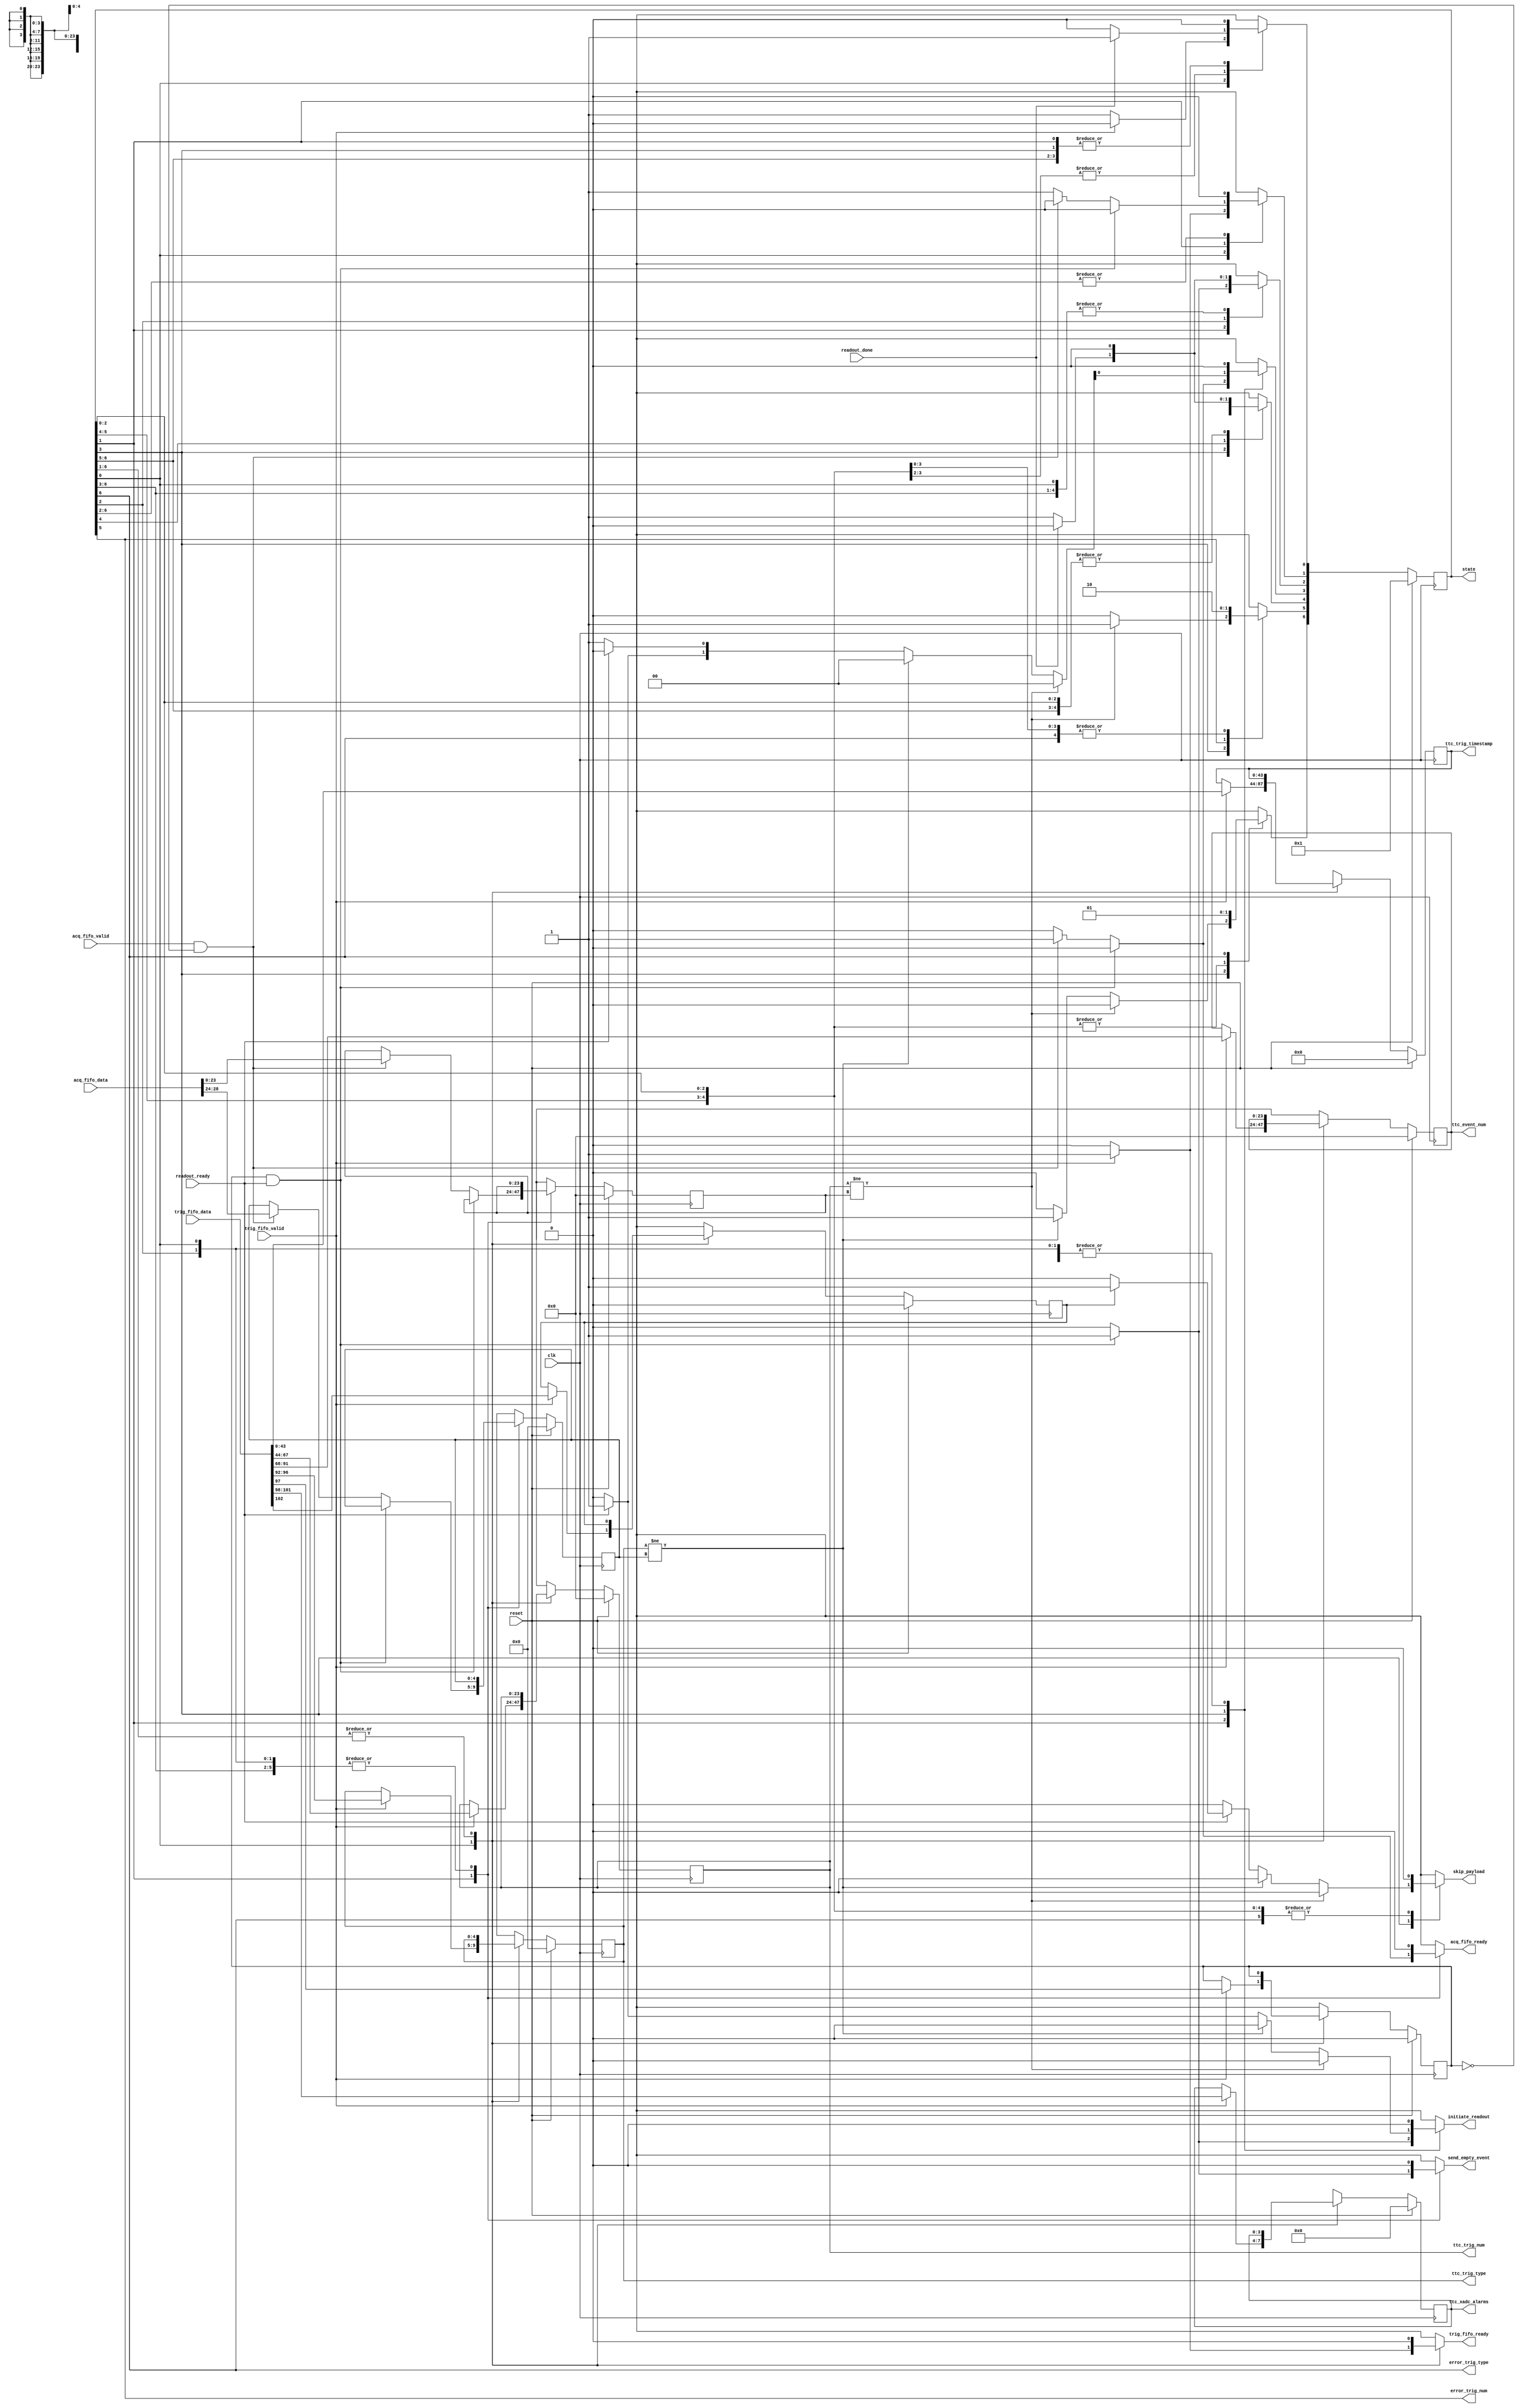
// Finite state machine to handle readout of processed TTC triggers

module trigger_processor (
  // clock and reset
  input wire clk,   // 125 MHz clock
  input wire reset,

  // interface to TTC Trigger FIFO
  input wire trig_fifo_valid,
  input wire [127:0] trig_fifo_data,
  output reg trig_fifo_ready,

  // interface to Acquisition Event FIFO
  input wire acq_fifo_valid,
  input wire [31:0] acq_fifo_data,
  output reg acq_fifo_ready,

  // interface to command manager
  input wire readout_ready,    // command manager is idle
  input wire readout_done,     // initiated readout has finished
  output reg send_empty_event, // request an empty event
  output reg skip_payload,     // request to skip the channel payloads
  output reg initiate_readout, // request for the channels to be read out

  output reg [23:0] ttc_event_num,      // channel's trigger number
  output reg [23:0] ttc_trig_num,       // global trigger number
  output reg [ 4:0] ttc_trig_type,      // trigger type
  output reg [43:0] ttc_trig_timestamp, // trigger timestamp
  output reg [ 3:0] ttc_xadc_alarms,    // XADC alarms

  // status connections
  output reg [6:0] state,     // state of finite state machine
  output wire error_trig_num, // trigger number mismatch between FIFOs
  output wire error_trig_type // trigger type mismatch between FIFOs
);

  // state bits
  parameter IDLE             = 0;
  parameter READ_TRIG_FIFO   = 1;
  parameter SEND_EMPTY_EVENT = 2;
  parameter READ_ACQ_FIFO    = 3;
  parameter READOUT          = 4;
  parameter ERROR_TRIG_NUM   = 5;
  parameter ERROR_TRIG_TYPE  = 6;
  

  // latched data from TTC Trigger FIFO
  reg ttc_empty_event;
  reg ttc_empty_payload;

  // latched data from Acquisition Event FIFO
  reg [ 4:0] acq_trig_type;
  reg [23:0] acq_trig_num;

  // 'next' signals
  reg [ 6:0] nextstate;
  reg        next_ttc_empty_event;
  reg        next_ttc_empty_payload;
  reg [ 4:0] next_ttc_trig_type;
  reg [23:0] next_ttc_event_num;
  reg [23:0] next_ttc_trig_num;
  reg [43:0] next_ttc_trig_timestamp;
  reg [ 4:0] next_acq_trig_type;
  reg [23:0] next_acq_trig_num;
  reg [ 3:0] next_ttc_xadc_alarms;


  // comb always block
  always @* begin
    nextstate = 7'd0;

    next_ttc_empty_event          = ttc_empty_event;
    next_ttc_empty_payload        = ttc_empty_payload;
    next_ttc_trig_type     [ 4:0] = ttc_trig_type     [ 4:0];
    next_ttc_event_num     [23:0] = ttc_event_num     [23:0];
    next_ttc_trig_num      [23:0] = ttc_trig_num      [23:0];
    next_ttc_trig_timestamp[43:0] = ttc_trig_timestamp[43:0];
    next_ttc_xadc_alarms   [ 3:0] = ttc_xadc_alarms   [ 3:0];

    next_acq_trig_type[ 4:0] = acq_trig_type[ 4:0];
    next_acq_trig_num [23:0] = acq_trig_num [23:0];

    trig_fifo_ready = 1'b0; // default
    acq_fifo_ready  = 1'b0; // default

    send_empty_event = 1'b0; // default
    skip_payload     = 1'b0; // default
    initiate_readout = 1'b0; // default

    case (1'b1) // synopsys parallel_case full_case
      // idle state
      state[IDLE] : begin
        // watch for unread triggers
        if (trig_fifo_valid) begin
          next_ttc_empty_payload        = trig_fifo_data[    102];
          next_ttc_xadc_alarms   [ 3:0] = trig_fifo_data[101: 98];
          next_ttc_empty_event          = trig_fifo_data[     97];
          next_ttc_trig_type     [ 4:0] = trig_fifo_data[ 96: 92];
          next_ttc_event_num     [23:0] = trig_fifo_data[ 91: 68];
          next_ttc_trig_num      [23:0] = trig_fifo_data[ 67: 44];
          next_ttc_trig_timestamp[43:0] = trig_fifo_data[ 43:  0];

          trig_fifo_ready = 1'b1; // acknowledge the data word
          nextstate[READ_TRIG_FIFO] = 1'b1;
        end
        else begin
          nextstate[IDLE] = 1'b1;
        end
      end
      // get TTC trigger information
      state[READ_TRIG_FIFO] : begin
        // check whether to send an empty event
        if (ttc_empty_event & readout_ready) begin
          send_empty_event = 1'b1;
          initiate_readout = 1'b1;
          nextstate[SEND_EMPTY_EVENT] = 1'b1;
        end
        // watch for unread acquisitions
        else if (acq_fifo_valid & ~ttc_empty_event) begin
          next_acq_trig_type[ 4:0] = acq_fifo_data[28:24];
          next_acq_trig_num [23:0] = acq_fifo_data[23: 0];

          acq_fifo_ready = 1'b1; // acknowledge the data word
          nextstate[READ_ACQ_FIFO] = 1'b1;
        end
        else begin
          nextstate[READ_TRIG_FIFO] = 1'b1;
        end
      end
      // initiate an empty event readout in command manager
      state[SEND_EMPTY_EVENT] : begin
        // wait for readout to finish
        if (readout_done) begin
          nextstate[IDLE] = 1'b1;
        end
        else begin
          nextstate[SEND_EMPTY_EVENT] = 1'b1;
        end
      end
      // get acquisition event information
      state[READ_ACQ_FIFO] : begin
        // verify that the trigger numbers match
        if (ttc_trig_num[23:0] != acq_trig_num[23:0]) begin
          nextstate[ERROR_TRIG_NUM] = 1'b1;
        end
        // verify that the trigger types match
        else if (ttc_trig_type[4:0] != acq_trig_type[4:0]) begin
          nextstate[ERROR_TRIG_TYPE] = 1'b1;
        end
        // check if we're ready for a readout
        else if (readout_ready) begin
          if (ttc_empty_payload) begin
            skip_payload = 1'b1;
          end
          initiate_readout = 1'b1;
          nextstate[READOUT] = 1'b1;
        end
        else begin
          nextstate[READ_ACQ_FIFO] = 1'b1;
        end
      end
      // initiate event readout in command manager
      state[READOUT] : begin
        // wait for readout to finish
        if (readout_done) begin
          nextstate[IDLE] = 1'b1;
        end
        else begin
          nextstate[READOUT] = 1'b1;
        end
      end
      // trigger number mismatch between FIFOs
      state[ERROR_TRIG_NUM] : begin
        nextstate[ERROR_TRIG_NUM] = 1'b1; // hard error, stay here until reset
      end
      // trigger type mismatch between FIFOs
      state[ERROR_TRIG_TYPE] : begin
        nextstate[ERROR_TRIG_TYPE] = 1'b1; // hard error, stay here until reset
      end
    endcase
  end
  

  // sequential always block
  always @(posedge clk) begin
    // reset state machine
    if (reset) begin
      state <= 7'd1 << IDLE;

      ttc_empty_event          <=  1'd0;
      ttc_empty_payload        <=  1'd0;
      ttc_trig_type     [ 4:0] <=  5'd0;
      ttc_event_num     [23:0] <= 24'd0;
      ttc_trig_num      [23:0] <= 24'd0;
      ttc_trig_timestamp[43:0] <= 24'd0;
      ttc_xadc_alarms   [ 3:0] <=  4'd0;

      acq_trig_type[ 4:0] <=  5'd0;
      acq_trig_num [23:0] <= 24'd0;
    end
    else begin
      state <= nextstate;

      ttc_empty_event          <= next_ttc_empty_event;
      ttc_empty_payload        <= next_ttc_empty_payload;
      ttc_trig_type     [ 4:0] <= next_ttc_trig_type     [ 4:0];
      ttc_event_num     [23:0] <= next_ttc_event_num     [23:0];
      ttc_trig_num      [23:0] <= next_ttc_trig_num      [23:0];
      ttc_trig_timestamp[43:0] <= next_ttc_trig_timestamp[43:0];
      ttc_xadc_alarms   [ 3:0] <= next_ttc_xadc_alarms   [ 3:0];

      acq_trig_type[ 4:0] <= next_acq_trig_type[ 4:0];
      acq_trig_num [23:0] <= next_acq_trig_num [23:0];
    end
  end

  // outputs based on states
  assign error_trig_num  = (state[ERROR_TRIG_NUM]  == 1'b1);
  assign error_trig_type = (state[ERROR_TRIG_TYPE] == 1'b1);

endmodule